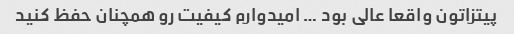
پیتزاتون واقعا عالی بود … امیدوارم کیفیت رو همچنان حفظ کنید